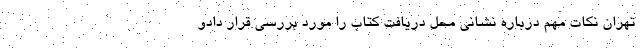
تهران نکات مهم درباره نشانی محل دریافت کتاب را مورد بررسی قرار دادو